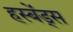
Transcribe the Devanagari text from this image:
हस्बेंड्स